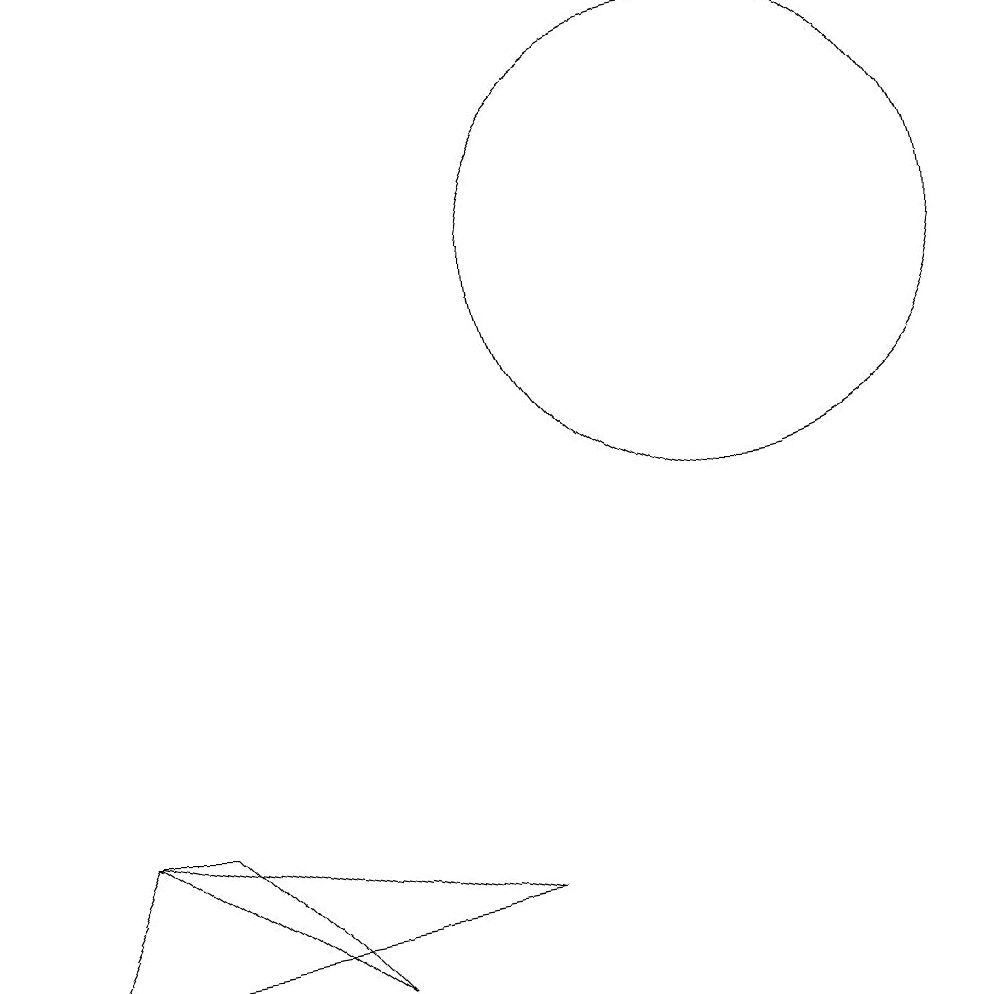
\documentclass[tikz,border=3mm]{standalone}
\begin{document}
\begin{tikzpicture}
\draw (5,1) -- (2,3) -- (3,3) -- cycle;
\draw (10,10) circle (3);
\draw (7,2) -- (2,3) -- (1,1) -- cycle;
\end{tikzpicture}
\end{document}